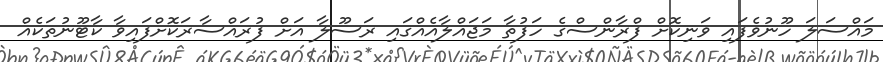
މައްސަލަ ހޫނުވެފައި ވަނިކޮށް ފްރާންސްގެ ހަފުތާ މަޖައްލާއެއްގައި ރަސޫލާ އަށް ފުރައްސާރަކޮށްފައިވާ ކާޓޫނުތަކެއް